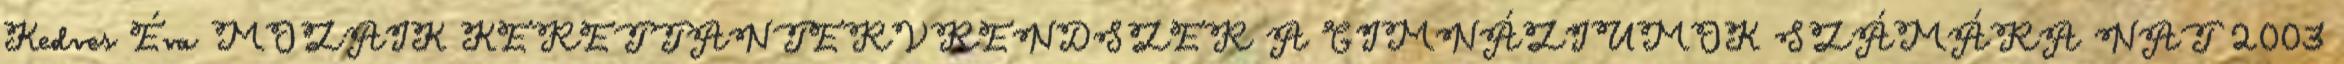
Kedves Éva MOZAIK KERETTANTERVRENDSZER A GIMNÁZIUMOK SZÁMÁRA NAT 2003